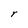
Character: r